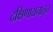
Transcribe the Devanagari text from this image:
दक्षिणायनातून